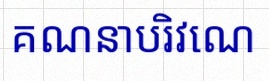
គណនាបរិវេណ